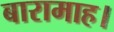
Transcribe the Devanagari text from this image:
बारामाह।